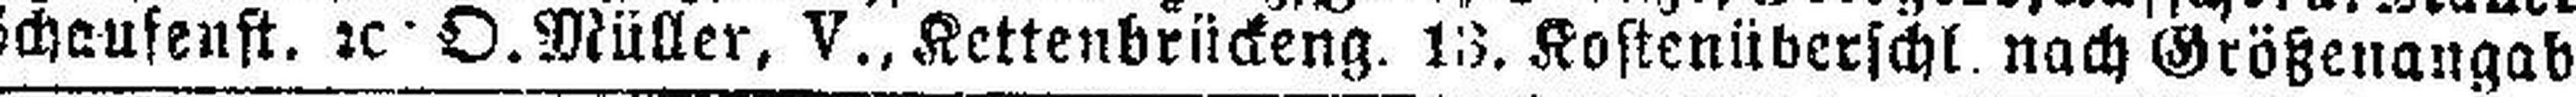
Schaufenst. 2c O. Müller. V., Kettenbrückeng. 13. Kostenüberschl. nach Größenangabe.